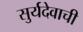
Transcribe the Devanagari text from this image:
सुर्यदेवाची